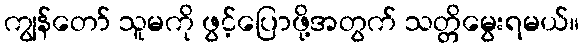
ကျွန်တော် သူမကို ဖွင့်ပြောဖို့အတွက် သတ္တိမွေးရမယ်။